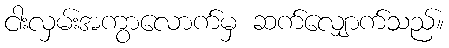
ငါးလှမ်းအကွာလောက်မှ ဆက်လျှောက်သည်။